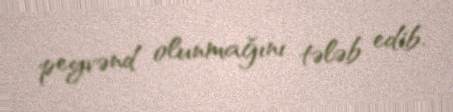
peyvənd olunmağını tələb edib.